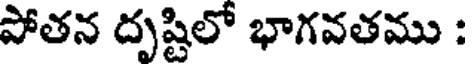
పోతన దృష్టిలో భాగవతము :